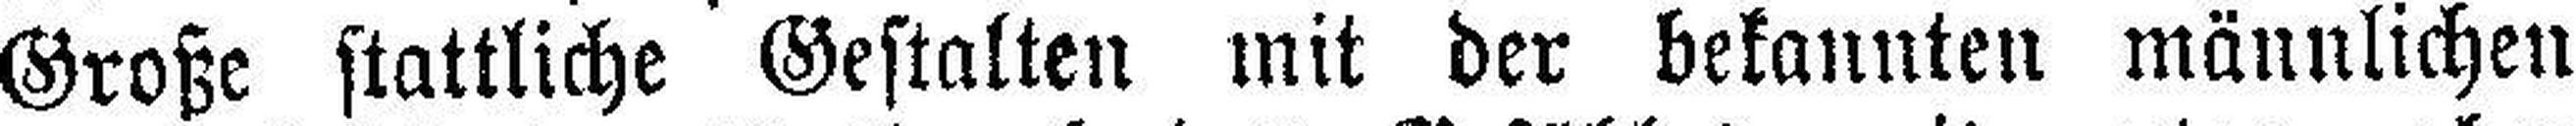
Große stattliche Gestalten mit der bekannten männlichen